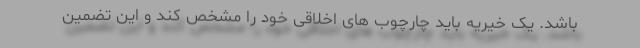
باشد. یک خیریه باید چارچوب های اخلاقی خود را مشخص کند و این تضمین